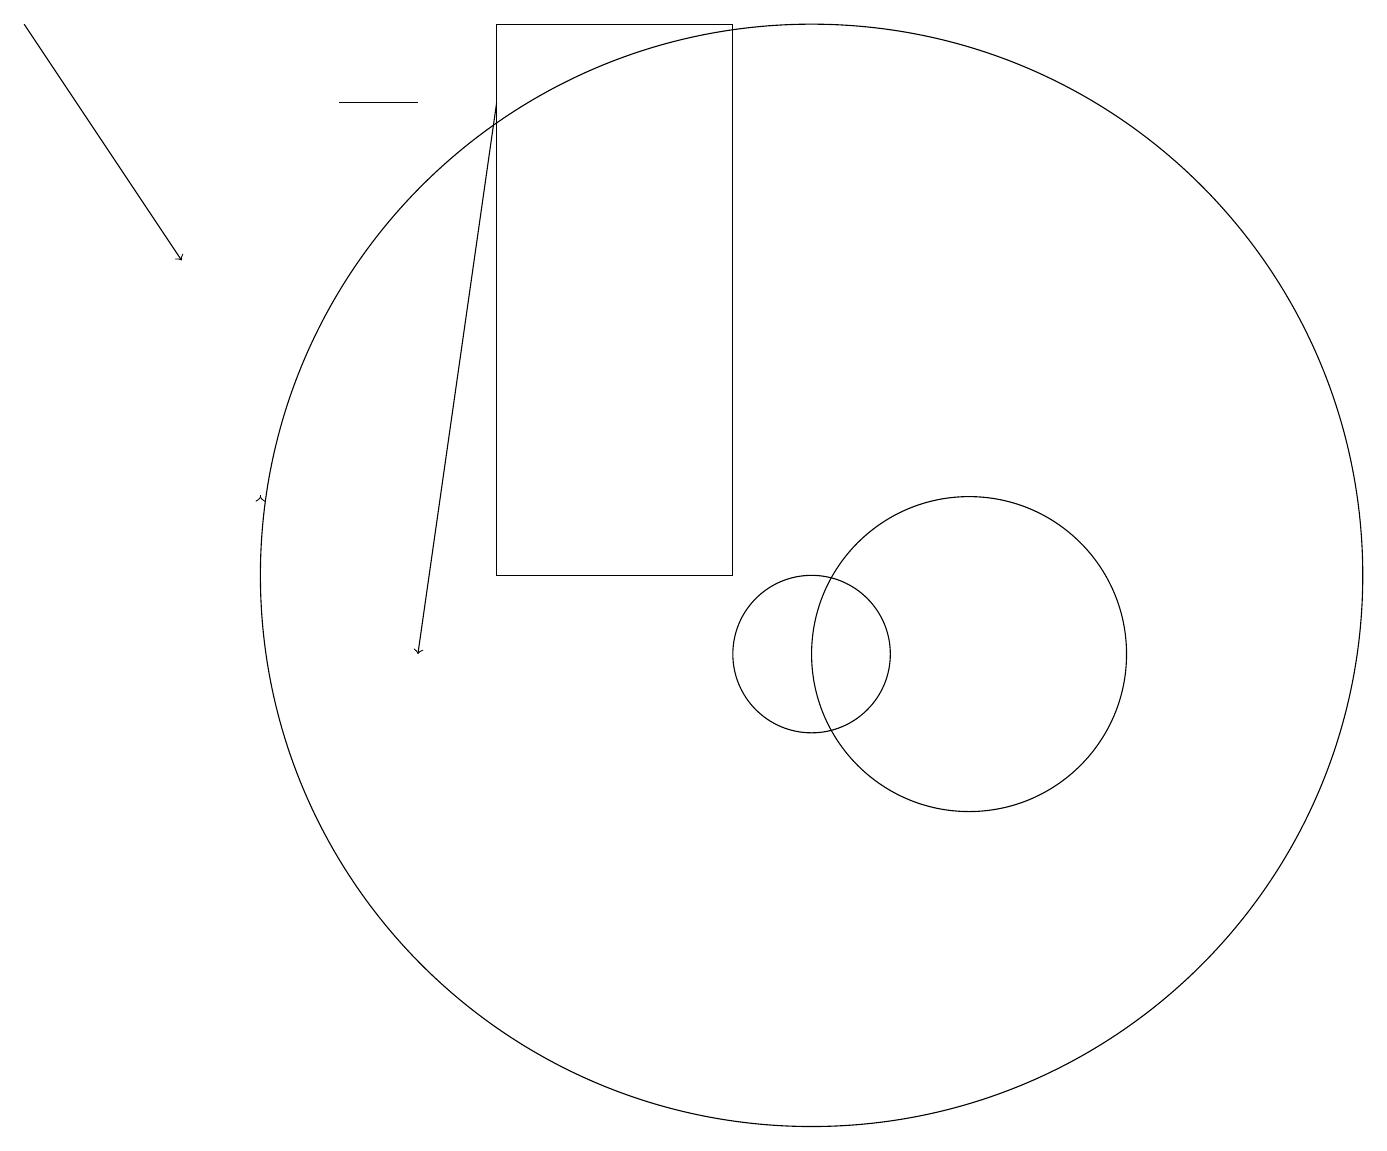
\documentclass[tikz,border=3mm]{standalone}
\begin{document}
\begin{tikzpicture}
\draw[->] (3,12) -- (3,12);
\draw (5,17) rectangle (4,17);
\draw (12,10) circle (2);
\draw (10,10) circle (1);
\draw[->] (6,17) -- (5,10);
\draw (10,11) circle (7);
\draw (6,11) rectangle (9,18);
\draw[->] (0,18) -- (2,15);
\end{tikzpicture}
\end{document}